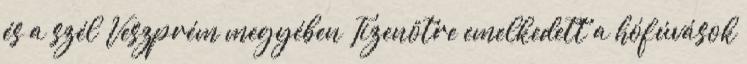
és a szél Veszprém megyében Tizenötre emelkedett a hófúvások